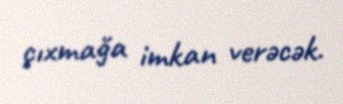
çıxmağa imkan verəcək.